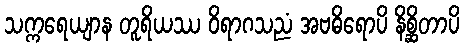
သက္ကရေယျာန တူရိယဿ ဝိရာဂသညံ အဗဓိရောပိ နိစ္ဆိတာပိ